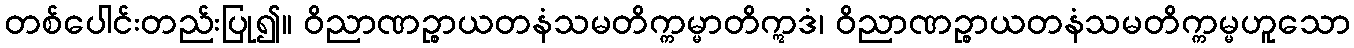
တစ်ပေါင်းတည်းပြု၍။ ဝိညာဏဉ္စာယတနံသမတိက္ကမ္မာတိဣဒံ၊ ဝိညာဏဉ္စာယတနံသမတိက္ကမ္မဟူသော